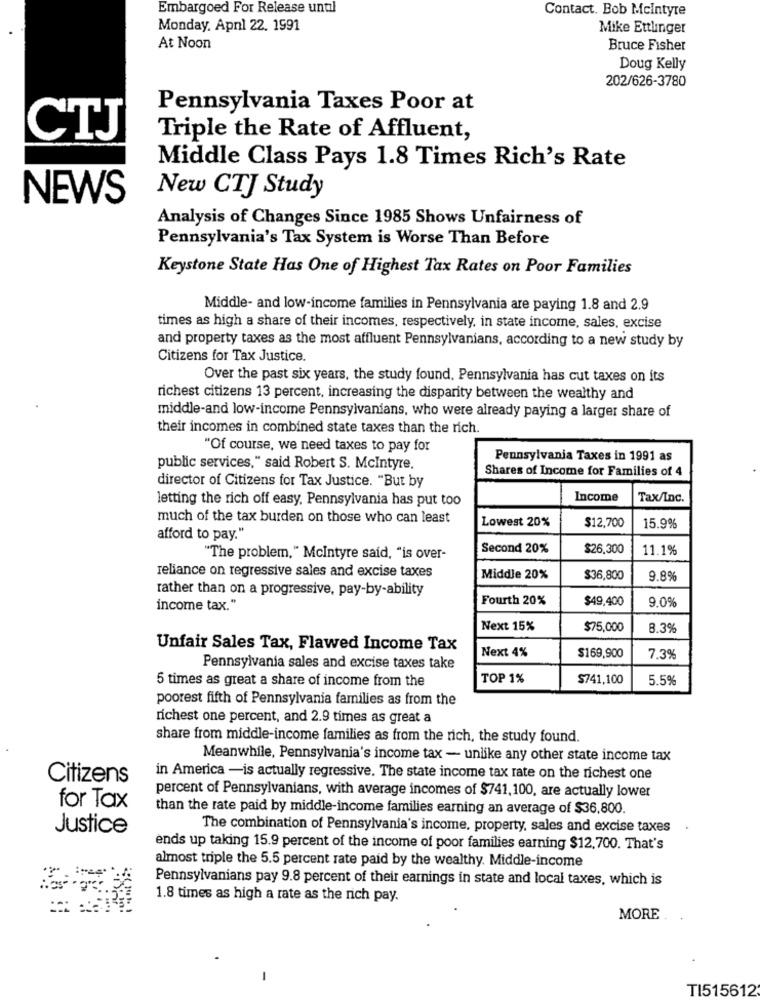
Embargoed For Release until
Contact. Bob Mcintyre
Monday, Apnl 22. 1991
Mike Ettlinger
At Noon
Bruce Fisher
Doug Kelly
202/626-3780
Pennsylvania Taxes Poor at
CTJ
Triple the Rate of Affluent,
Middle Class Pays 1.8 Times Rich's Rate
NEWS
New CTJ Study
Analysis of Changes Since 1985 Shows Unfairness of
Pennsylvania's Tax System is Worse Than Before
Keystone State Has One of Highest Tax Rates on Poor Families
Middle- and low-income families in Pennsylvania are paying 1.8 and 2.9
times as high a share of their incomes, respectively, in state income, sales, excise
and property taxes as the most affluent Pennsylvanians, according to a new study by
Citizens for Tax Justice.
Over the past six years, the study found, Pennsylvania has cut taxes on its
richest citizens 13 percent, increasing the disparity between the wealthy and
middle-and low-income Pennsylvanians, who were already paying a larger share of
their incomes in combined state taxes than the rich.
"Of course, we need taxes to pay for
Pennsylvania Taxes in 1991 as
public services," said Robert S. Mcintyre.
director of Citizens for Tax Justice. "But by
Shares of Income for Families of 4
letting the rich off easy, Pennsylvania has put too
Income
Tax/Inc.
much of the tax burden on those who can least
Lowest 20%
$12,700
15.9%
afford to pay."
Second 20%
$26,300
11.1%
"The problem, " Mcintyre said, "is over-
reliance on regressive sales and excise taxes
Middle 20%
$36,800
9.8%
rather than on a progressive, pay-by-ability
Fourth 20%
$49,400
9.0%
income tax."
Next 15%
$75,000
8.3%
Unfair Sales Tax, Flawed Income Tax
Next 4%
$169,900
7.3%
Pennsylvania sales and excise taxes take
5 times as great a share of income from the
TOP 1%
$741,100
5.5%
poorest fifth of Pennsylvania families as from the
richest one percent, and 2.9 times as great a
share from middle-income families as from the rich, the study found.
Meanwhile, Pennsylvania's income tax - unlike any other state income tax
Citizens
in America -is actually regressive. The state income tax rate on the richest one
percent of Pennsylvanians, with average incomes of $741,100, are actually lower
for Tax
than the rate paid by middle-income families earning an average of $36,800.
Justice
The combination of Pennsylvania's income, property, sales and excise taxes
ends up taking 15.9 percent of the income of poor families earning $12,700. That's
almost triple the 5.5 percent rate paid by the wealthy. Middle-income
Pennsylvanians pay 9.8 percent of their earnings in state and local taxes, which is
1.8 times as high a rate as the rich pay.
MORE
-
TI515612